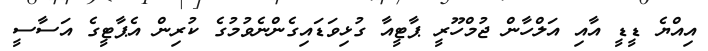
އިއްޔެ ޑީޑީ އާއި އަލްހާން ޖުމްހޫރީ ޕާޓީއާ ގުޅިވަޑައިގެންނެވުމުގެ ކުރިން އެޕާޓީގެ އަސާސީ